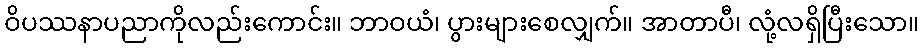
ဝိပဿနာပညာကိုလည်းကောင်း။ ဘာဝယံ၊ ပွားများစေလျှက်။ အာတာပီ၊ လုံ့လရှိပြီးသော။